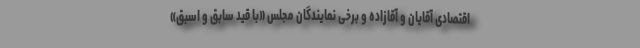
اقتصادی آقایان و آقازاده و برخی نمایندگان مجلس «با قید سابق و اسبق»